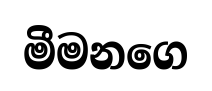
මීමනගෙ